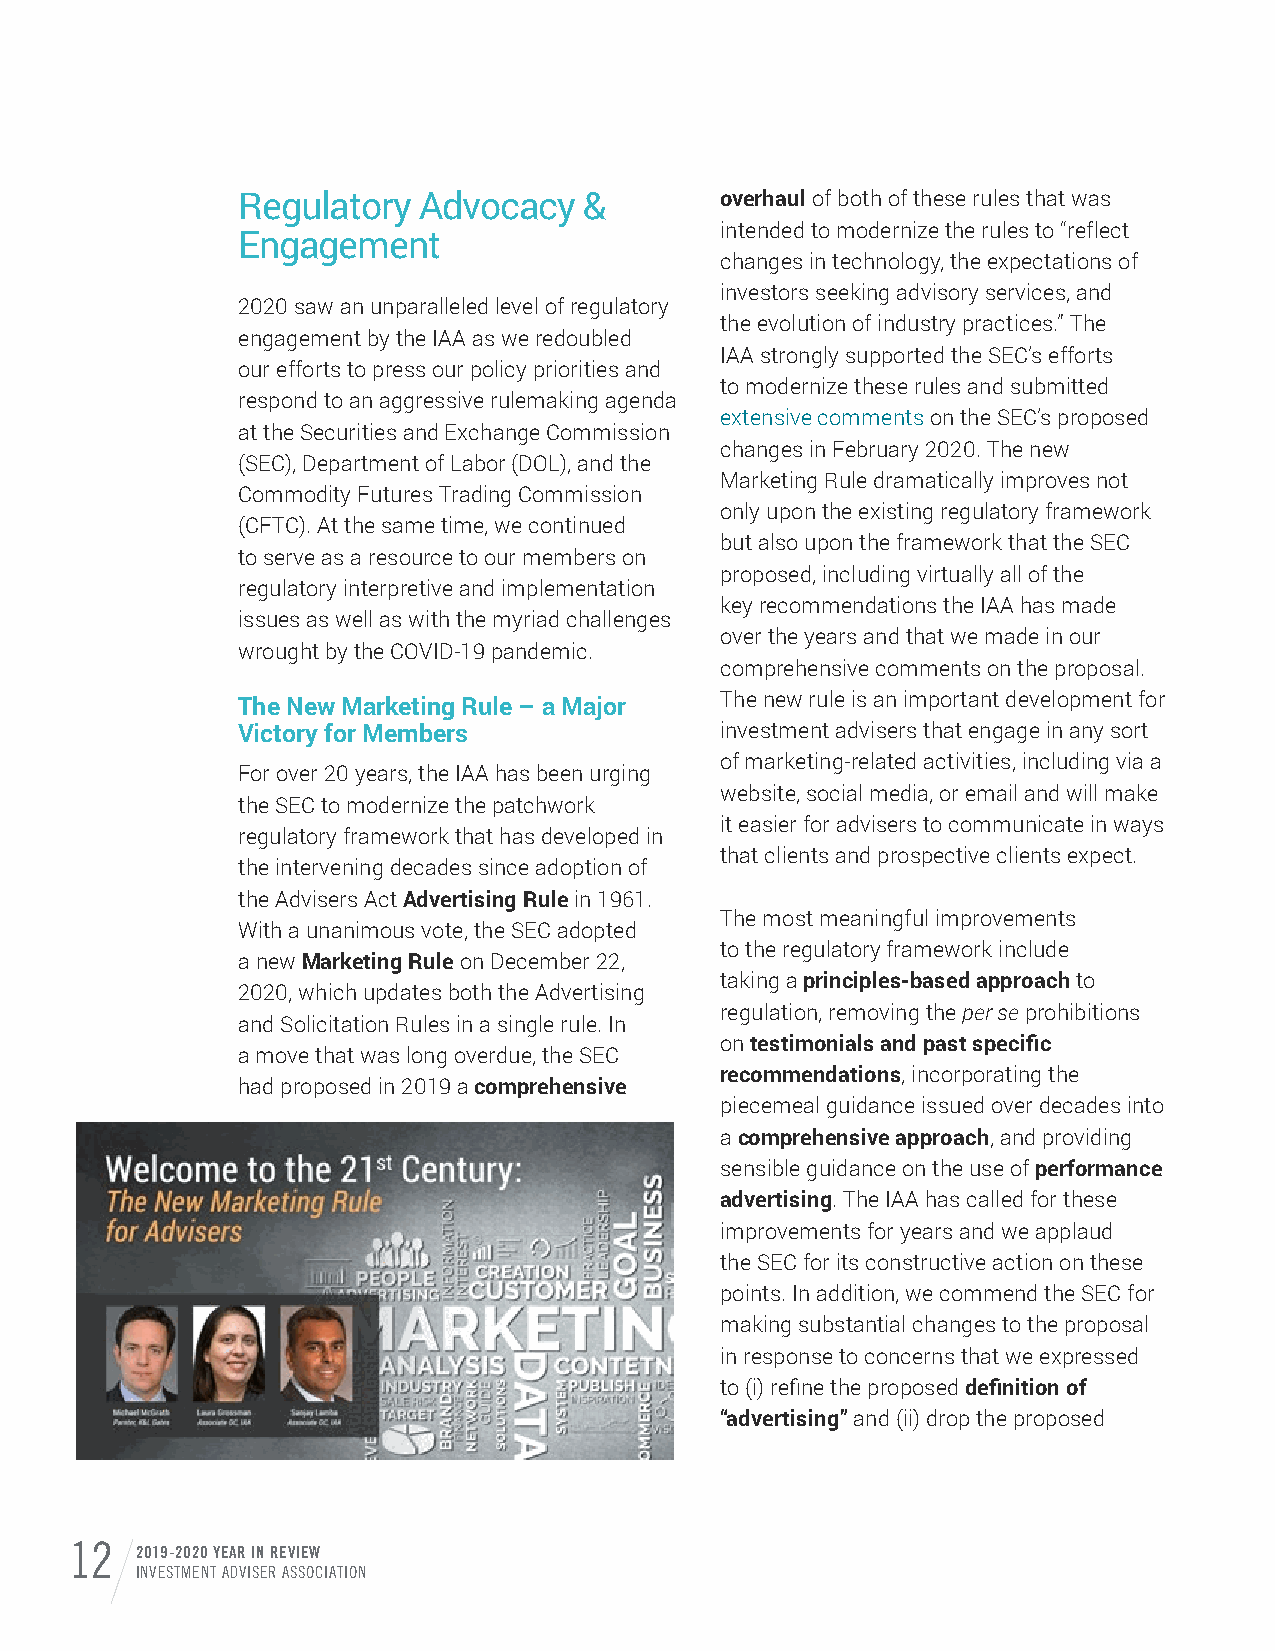
Regulatory  Advocacy   &        overhaul of both of these rules that was
 intended to modernize the rules to “reflect
 Engagement
 changes in technology, the expectations of
 investors seeking advisory services, and
 2020 saw an unparalleled level of regulatory
 the evolution of industry practices.” The
 engagement by the IAA as we redoubled
 IAA strongly supported the SEC’s efforts
 our efforts to press our policy priorities and
 to modernize these rules and submitted
 respond to an aggressive rulemaking agenda
 extensive comments on the SEC’s proposed
 at the Securities and Exchange Commission
 changes in February 2020. The new
 (SEC), Department of Labor (DOL), and the
 Marketing Rule dramatically improves not
 Commodity Futures Trading Commission
 only upon the existing regulatory framework
 (CFTC). At the same time, we continued
 but also upon the framework that the SEC
 to serve as a resource to our members on
 proposed, including virtually all of the
 regulatory interpretive and implementation
 key recommendations the IAA has made
 issues as well as with the myriad challenges
 over the years and that we made in our
 wrought by the COVID-19 pandemic.
 comprehensive comments on the proposal.
 The New Marketing Rule – a Major The new rule is an important development for
 Victory for Members             investment advisers that engage in any sort
 of marketing-related activities, including via a
 For over 20 years, the IAA has been urging
 website, social media, or email and will make
 the SEC to modernize the patchwork
 it easier for advisers to communicate in ways
 regulatory framework that has developed in
 that clients and prospective clients expect.
 the intervening decades since adoption of
 the Advisers Act Advertising Rule in 1961.
 The most meaningful improvements
 With a unanimous vote, the SEC adopted
 to the regulatory framework include
 a new Marketing Rule on December 22,
 taking a principles-based approach to
 2020, which updates both the Advertising
 regulation, removing the per se prohibitions
 and Solicitation Rules in a single rule. In
 on testimonials and past specific
 a move that was long overdue, the SEC
 recommendations, incorporating the
 had proposed in 2019 a comprehensive
 piecemeal guidance issued over decades into
 a comprehensive approach, and providing
 sensible guidance on the use of performance
 advertising. The IAA has called for these
 improvements for years and we applaud
 the SEC for its constructive action on these
 points. In addition, we commend the SEC for
 making substantial changes to the proposal
 in response to concerns that we expressed
 to (i) refine the proposed definition of
 “advertising” and (ii) drop the proposed
 12  2019-2020 YEAR IN REVIEW
 INVESTMENT ADVISER ASSOCIATION